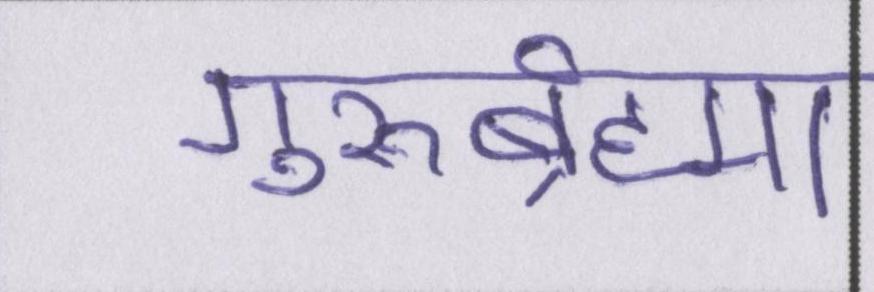
गुरुर्ब्रह्मा